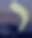
י